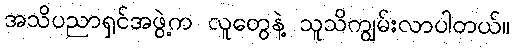
အသိပညာရှင်အဖွဲ့က လူတွေနဲ့ သူသိကျွမ်းလာပါတယ်။